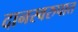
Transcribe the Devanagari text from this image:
दानस्वरुपात